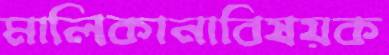
মালিকানাবিষয়ক